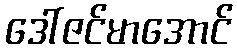
ဒေါ်ဇင်မာအောင်